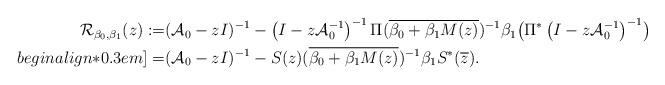
LaTeX: \begin{align*} \begin{aligned} \mathcal{R}_{\beta_0,\beta_1}(z):=&(\mathcal{A}_0 -zI)^{-1} - \left(I-z \mathcal{A}_0^{-1}\right)^{-1}\Pi(\overline{\beta_0 + \beta_1 M(z)})^{-1}\beta_1\bigl(\Pi^*\left( I - z \mathcal{A}_0^{-1}\right)^{-1} \bigr)\\begin{align*}0.3em] =&(\mathcal{A}_0 -zI)^{-1}-S(z)(\overline{\beta_0 + \beta_1 M(z)})^{-1}\beta_1S^*(\overline{z}).\end{aligned}\end{align*}